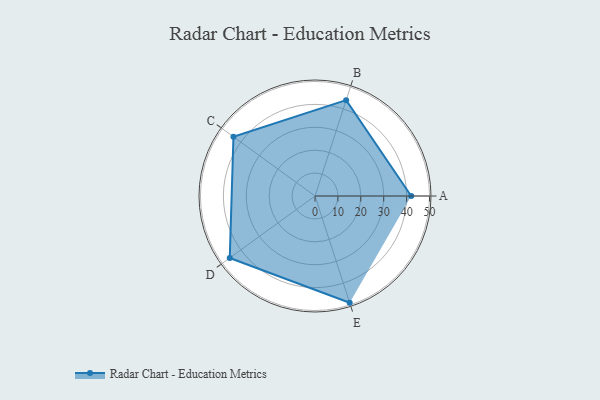
{"axis": {"x": "Skill", "y": "Score"}, "legend": ["Profile"], "data": [{"x": "A", "y": 42.0, "type": "Profile"}, {"x": "B", "y": 44.0, "type": "Profile"}, {"x": "C", "y": 44.0, "type": "Profile"}, {"x": "D", "y": 46.0, "type": "Profile"}, {"x": "E", "y": 49.0, "type": "Profile"}]}